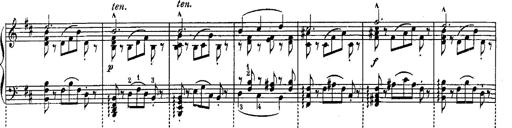
Title: Schubert's Impromptus [revised and edited by Franz Liszt]
Composer: Franz Liszt